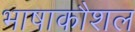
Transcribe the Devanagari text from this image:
भाषाकौशल